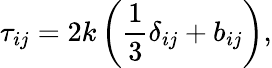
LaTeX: \tau_{ij}=2k\left(\frac{1}{3}\delta_{ij}+b_{ij}\right),